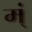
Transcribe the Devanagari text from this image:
म्ं